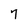
Character: 7